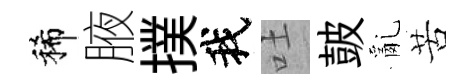
稀腋撲我吐皷亂苦